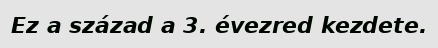
Ez a század a 3. évezred kezdete.